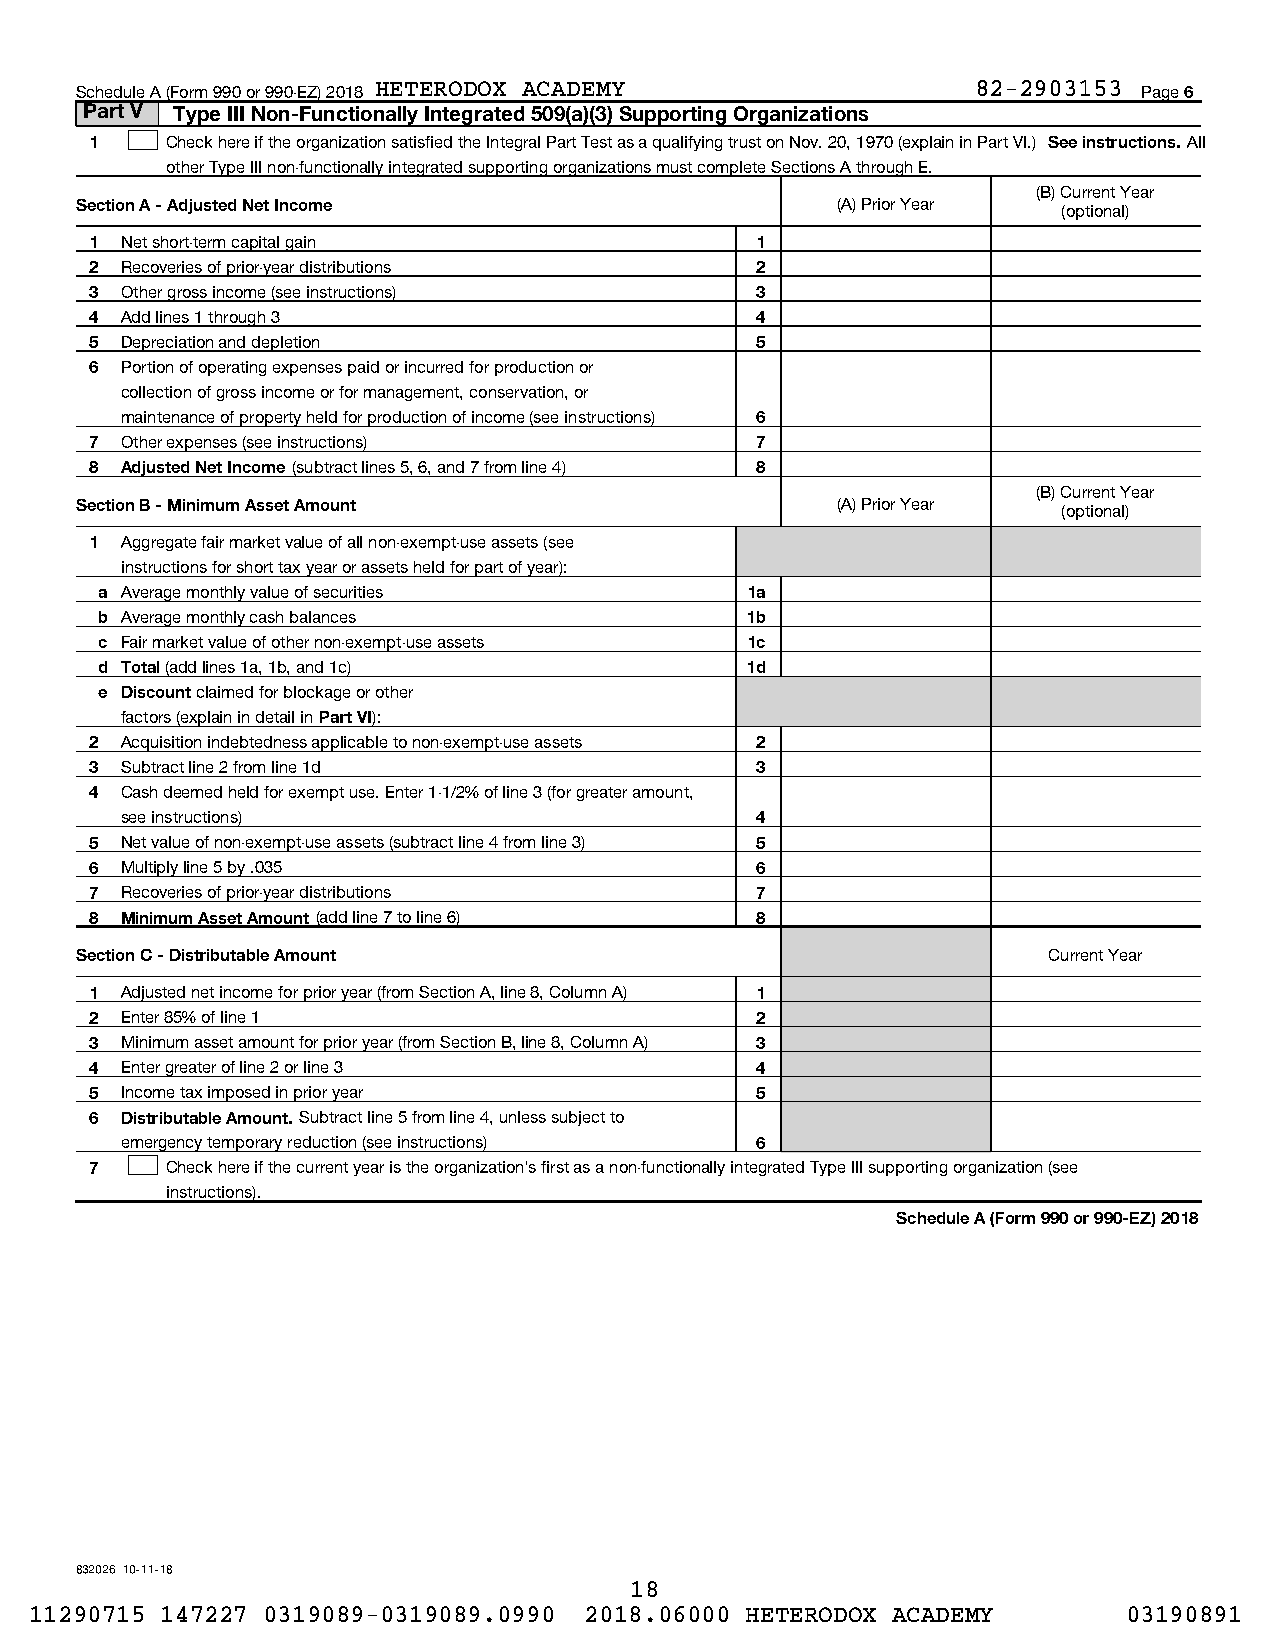
Schedule A (Form 990 or 990-EZ) 2018 HETERODOX ACADEMY      82-2903153 Page 6
 Part V Type III Non-Functionally Integrated 509(a)(3) Supporting Organizations
 1    Check here if the organization satisfied the Integral Part Test as a qualifying trust on Nov. 20, 1970 (explain in Part VI.) See instructions. All
 other Type III non-functionally integrated supporting organizations must complete Sections A through E.
 (B) Current Year
 Section A - Adjusted Net Income                   (A) Prior Year (optional)
 1 Net short-term capital gain               1
 2 Recoveries of prior-year distributions    2
 3 Other gross income (see instructions)     3
 4 Add lines 1 through 3                     4
 5 Depreciation and depletion                5
 6 Portion of operating expenses paid or incurred for production or
 collection of gross income or for management, conservation, or
 maintenance of property held for production of income (see instructions) 6
 7 Other expenses (see instructions)         7
 8 Adjusted Net Income (subtract lines 5, 6, and 7 from line 4) 8
 (B) Current Year
 Section B - Minimum Asset Amount                  (A) Prior Year (optional)
 1 Aggregate fair market value of all non-exempt-use assets (see
 instructions for short tax year or assets held for part of year):
 a Average monthly value of securities     1a
 b Average monthly cash balances           1b
 c Fair market value of other non-exempt-use assets 1c
 d Total (add lines 1a, 1b, and 1c)        1d
 e Discount claimed for blockage or other
 factors (explain in detail in Part VI):
 2 Acquisition indebtedness applicable to non-exempt-use assets 2
 3 Subtract line 2 from line 1d              3
 4 Cash deemed held for exempt use. Enter 1-1/2% of line 3 (for greater amount,
 see instructions)                         4
 5 Net value of non-exempt-use assets (subtract line 4 from line 3) 5
 6 Multiply line 5 by .035                   6
 7 Recoveries of prior-year distributions    7
 8 Minimum Asset Amount (add line 7 to line 6) 8
 Section C - Distributable Amount                                Current Year
 1 Adjusted net income for prior year (from Section A, line 8, Column A) 1
 2 Enter 85% of line 1                       2
 3 Minimum asset amount for prior year (from Section B, line 8, Column A) 3
 4 Enter greater of line 2 or line 3         4
 5 Income tax imposed in prior year          5
 6 Distributable Amount. Subtract line 5 from line 4, unless subject to
 emergency temporary reduction (see instructions) 6
 7    Check here if the current year is the organization's first as a non-functionally integrated Type III supporting organization (see
 instructions).
 Schedule A (Form 990 or 990-EZ) 2018
 832026 10-11-18
 18
 11290715 147227 0319089-0319089.0990 2018.06000 HETERODOX ACADEMY        03190891